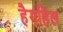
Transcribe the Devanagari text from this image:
हैगहिल